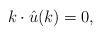
LaTeX: \begin{align*} k \cdot \hat{u}(k)=0,\end{align*}